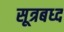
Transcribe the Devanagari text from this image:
सूत्रबध्द